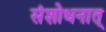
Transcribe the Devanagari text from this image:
संशोधनात्